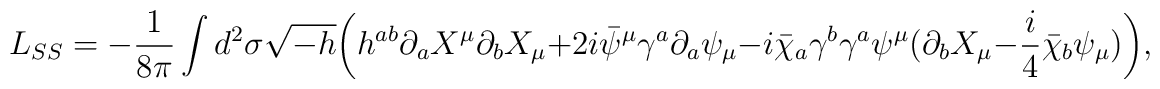
L_{SS}=-{1\over 8\pi}\int d^2 \sigma\sqrt{-h} \bigg(h^{ab}\partial_aX^\mu\partial_bX_\mu +2i \bar{\psi}^{\mu}\gamma^{a}\partial_{a}\psi_{\mu} -i \bar{\chi}_a\gamma^b\gamma^a\psi^{\mu}\big(\partial_bX_\mu-{i\over 4}\bar{\chi}_b\psi_\mu \big)\bigg),